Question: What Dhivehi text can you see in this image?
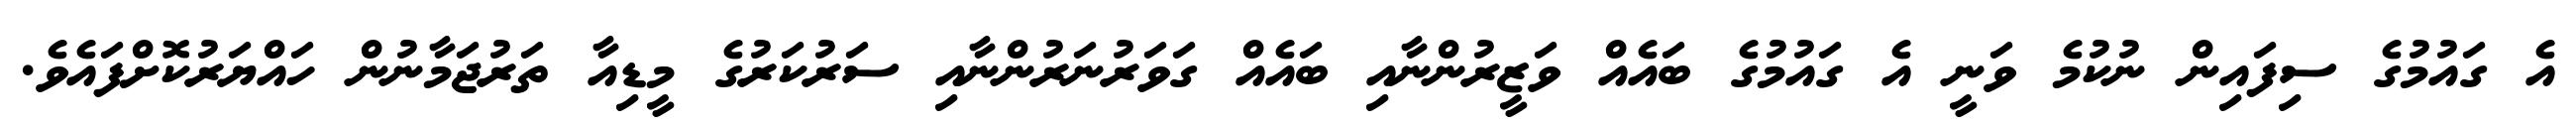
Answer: އެ ގައުމުގެ ސިފައިން ނުކުމެ ވަނީ އެ ގައުމުގެ ބައެއް ވަޒީރުންނާއި ބައެއް ގަވަރުނަރުންނާއި ސަރުކަރުގެ މީޑިއާ ތަރުޖަމާނުން ހައްޔަރުކޮށްފައެވެ.